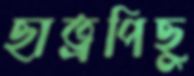
ছাত্রপিছু